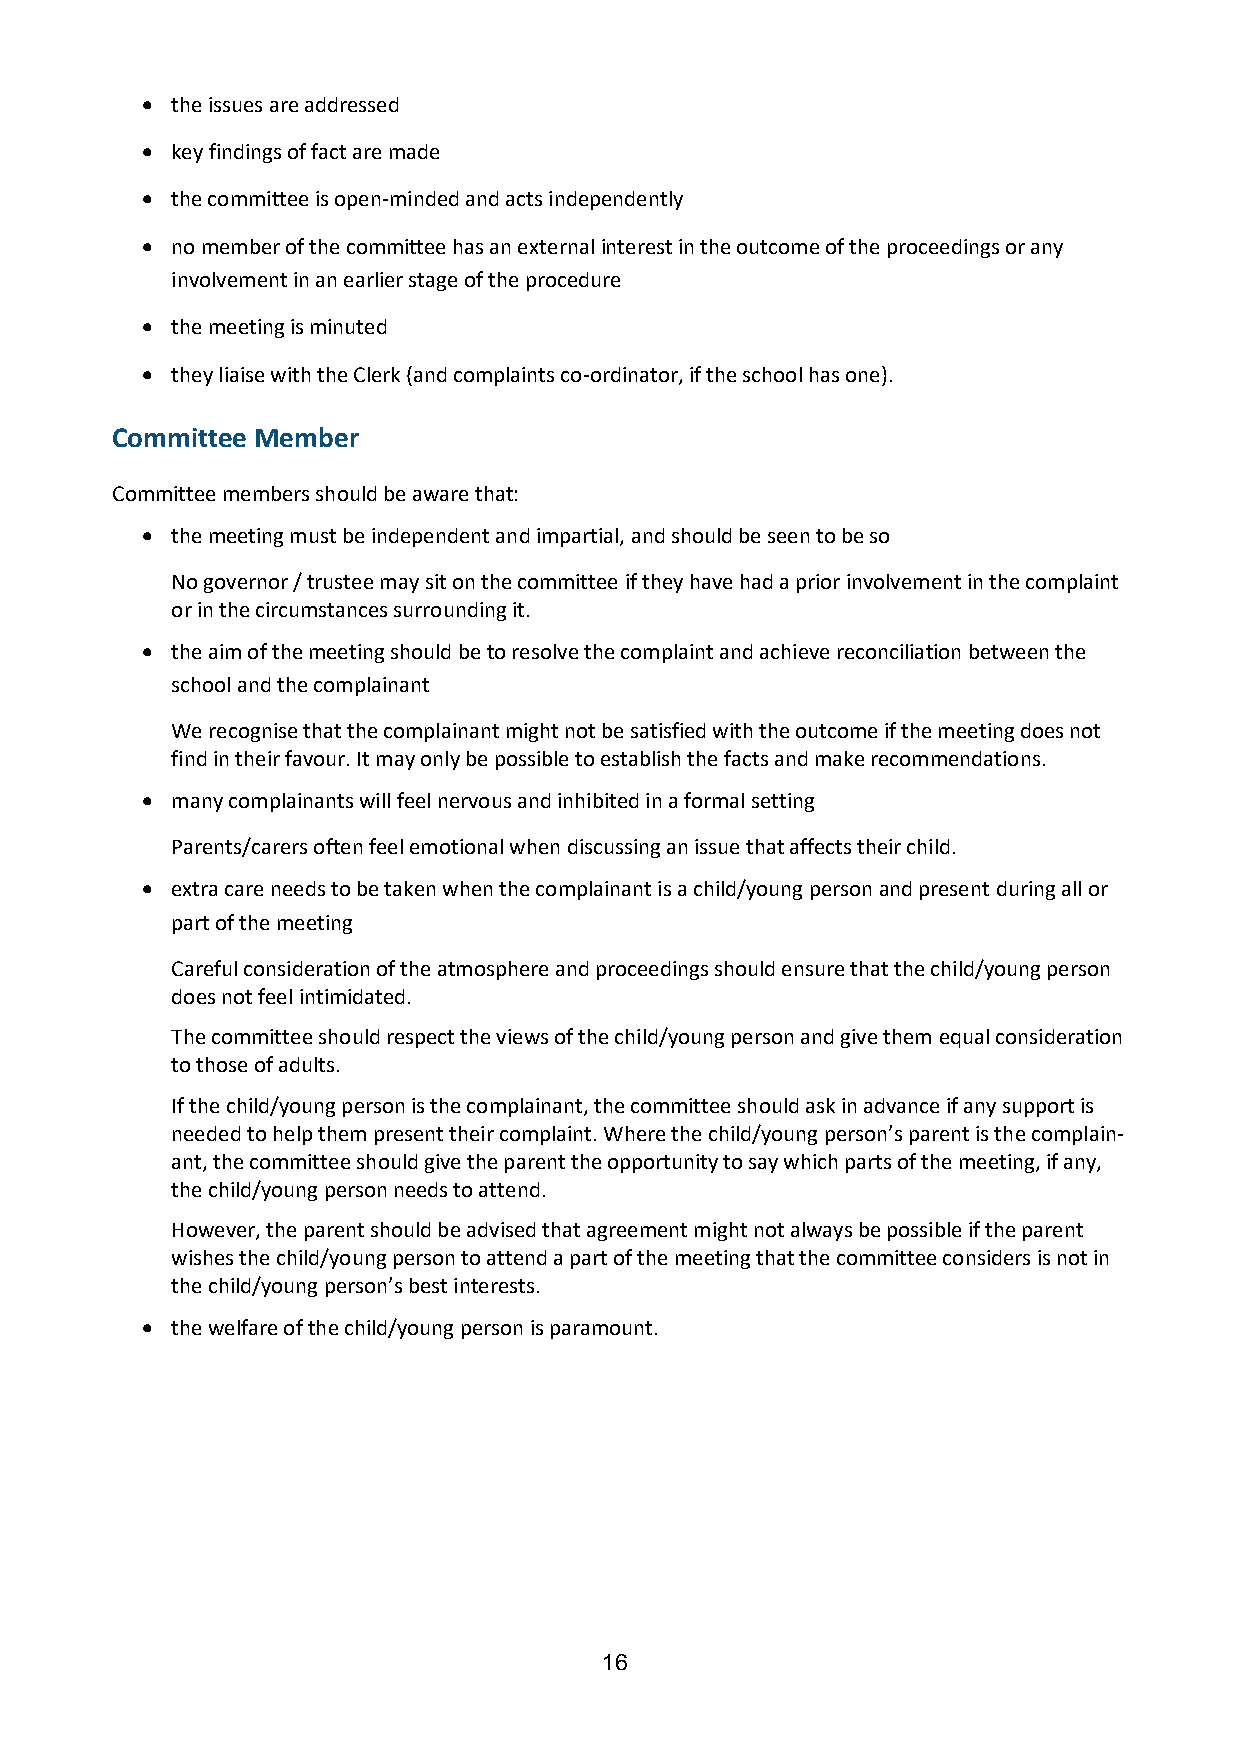
• the issues are addressed
 • key findings of fact are made
 • the committee is open-minded and acts independently
 • no member of the committee has an external interest in the outcome of the proceedings or any
 involvement in an earlier stage of the procedure
 • the meeting is minuted
 • they liaise with the Clerk (and complaints co-ordinator, if the school has one).
 Committee Member
 Committee members should be aware that:
 • the meeting must be independent and impartial, and should be seen to be so
 No governor / trustee may sit on the committee if they have had a prior involvement in the complaint
 or in the circumstances surrounding it.
 • the aim of the meeting should be to resolve the complaint and achieve reconciliation between the
 school and the complainant
 We recognise that the complainant might not be satisfied with the outcome if the meeting does not
 find in their favour. It may only be possible to establish the facts and make recommendations.
 • many complainants will feel nervous and inhibited in a formal setting
 Parents/carers often feel emotional when discussing an issue that affects their child.
 • extra care needs to be taken when the complainant is a child/young person and present during all or
 part of the meeting
 Careful consideration of the atmosphere and proceedings should ensure that the child/young person
 does not feel intimidated.
 The committee should respect the views of the child/young person and give them equal consideration
 to those of adults.
 If the child/young person is the complainant, the committee should ask in advance if any support is
 needed to help them present their complaint. Where the child/young person’s parent is the complain-
 ant, the committee should give the parent the opportunity to say which parts of the meeting, if any,
 the child/young person needs to attend.
 However, the parent should be advised that agreement might not always be possible if the parent
 wishes the child/young person to attend a part of the meeting that the committee considers is not in
 the child/young person’s best interests.
 • the welfare of the child/young person is paramount.
 16